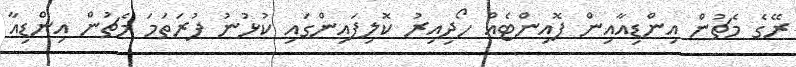
ރޭގެ މެޗުން އިންޑިއާއިން ޕޮއިންޓެއް ހޯދިއިރު ކޮލިފައިންގައި ކުޅުނު ފުރަތަމަ މެޗުން އިންޑިއާ